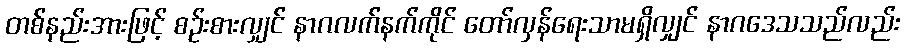
တစ်နည်းအားဖြင့် စဉ်းစားလျှင် နာဂလက်နက်ကိုင် တော်လှန်ရေးသာမရှိလျှင် နာဂဒေသသည်လည်း